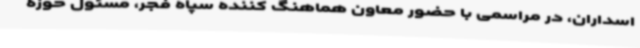
اسداران، در مراسمی با حضور معاون هماهنگ کننده سپاه فجر، مسئول حوزه